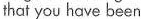
that you have been